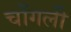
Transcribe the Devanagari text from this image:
चोंगली